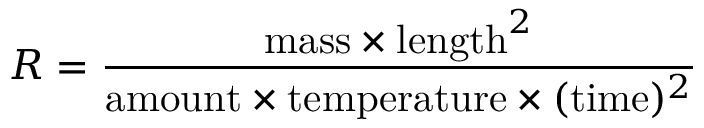
R = { \frac { \mathrm { m a s s } \times \mathrm { l e n g t h } ^ { 2 } } { \mathrm { a m o u n t } \times \mathrm { t e m p e r a t u r e } \times ( \mathrm { t i m e } ) ^ { 2 } } }